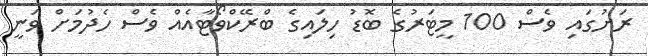
ރަށުގައި ވެސް 100 މީޓަރުގެ ބޮޑު ހިލައިގެ ބްރޭކްވޯޓާއެއް ވެސް ހެދުމަށް ވަނީ